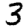
Digit: 3